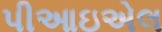
પીઆઇએલ